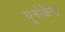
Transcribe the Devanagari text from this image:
यूनोकैल